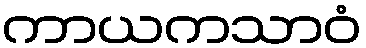
ကာယကသာဝံ